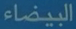
البيضاء